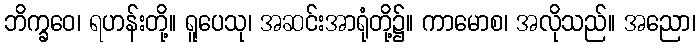
ဘိက္ခဝေ၊ ရဟန်းတို့။ ရူပေသု၊ အဆင်းအာရုံတို့၌။ ကာမောစ၊ အလိုသည်။ အညော၊